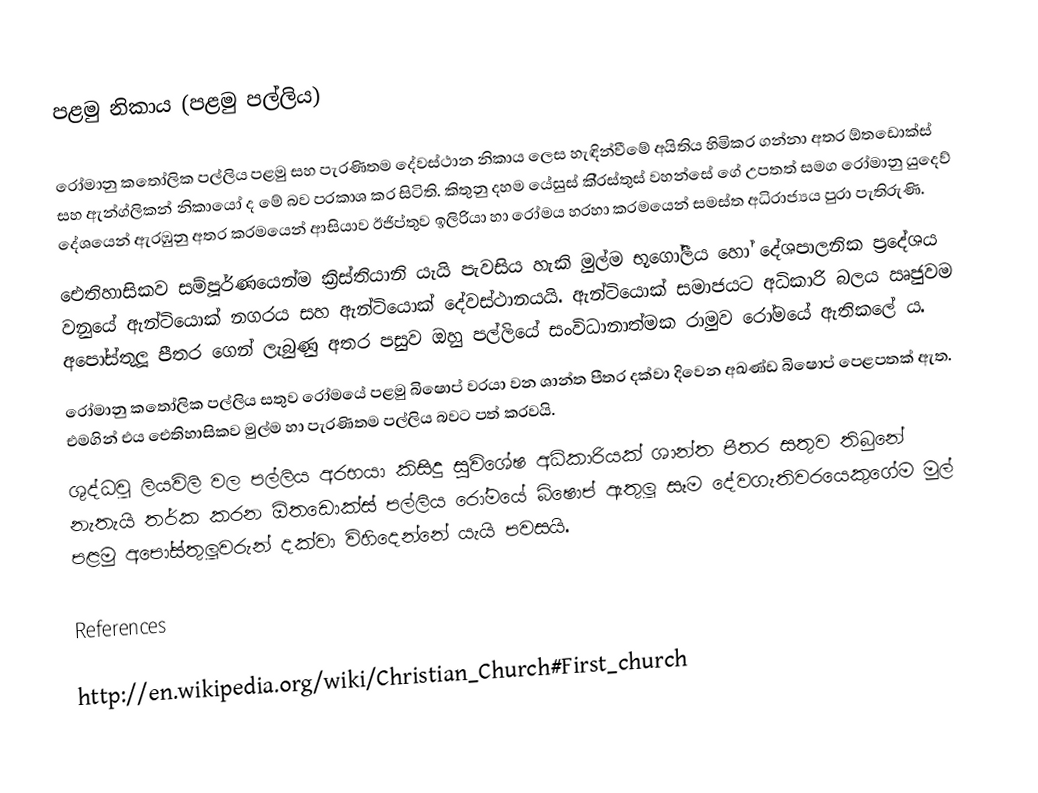
පළමු නිකාය (පළමු පල්ලිය)

රෝමානු කතෝලික පල්ලිය පළමු සහ පැරණිතම දේවස්ථාන නිකාය ලෙස හැඳින්වීමේ අයිතිය හිමිකර ගන්නා අතර  ඕතඩොක්ස් සහ ඇන්ග්ලිකන් නිකායෝ ද මේ බව ප‍්‍රකාශ කර සිටිති. කිතුනු දහම යේසුස් කි‍්‍රස්තුස් වහන්සේ ගේ උපතත් සමග රෝමානු යුදෙව් දේශයෙන් ඇරඹුනු අතර ක‍්‍රමයෙන් ආසියාව ඊජිප්තුව ඉලිරියා හා රෝමය හරහා ක‍්‍රමයෙන් සමස්ත අධිරාජ්‍යය පුරා පැතිරුණි.
ඓතිහාසිකව සම්පූර්ණයෙන්ම ක‍්‍රිස්තියානි යැයි පැවසිය හැකි මුල්ම භූගෝලීය හෝ දේශපාලනික ප‍්‍රදේශය වනුයේ ඇන්ටියොක් නගරය සහ ඇන්ටියොක් දේවස්ථානයයි. ඇන්ටියොක් සමාජයට අධිකාරි බලය ඍජුවම අපෝස්තුලූ පීතර ගෙන් ලැබුණු අතර පසුව ඔහු පල්ලියේ සංවිධානාත්මක රාමුව රෝමයේ ඇතිකලේ ය.
රෝමානු කතෝලික පල්ලිය සතුව රෝමයේ පළමු බිෂොප් වරයා වන ශාන්ත පීතර දක්වා දිවෙන අඛණ්ඩ බිෂොප් පෙළපතක් ඇත. එමගින් එය ඓතිහාසිකව මුල්ම හා පැරණිතම පල්ලිය බවට පත් කරවයි.
ශුද්ධවූ ලියවිලි වල පල්ලිය අරභයා කිසිදු සුවිශේෂ අධිකාරියක් ශාන්ත පීතර සතුව තිබුනේ නැතැයි තර්ක කරන  ඕතඩොක්ස් පල්ලිය රෝමයේ බිෂොප් ඇතුලූ සෑම දේවගැතිවරයෙකුගේම මුල් පළමු අපෝස්තුලූවරුන් දක්වා විහිදෙන්නේ යැයි පවසයි.

References

http://en.wikipedia.org/wiki/Christian_Church#First_church